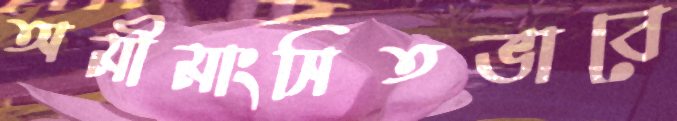
অমীমাংসিতভাবে